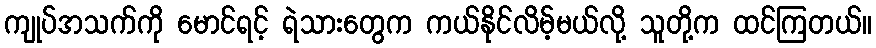
ကျုပ်အသက်ကို မောင်ရင့် ရဲသားတွေက ကယ်နိုင်လိမ့်မယ်လို့ သူတို့က ထင်ကြတယ်။